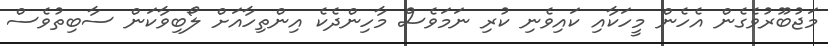
މަޖުބޫރުވެގެން އެހެން މީހަކާއި ކައިވެނި ކުރި ނަމަވެސް މާހިންދެކެ އިންތިހާއަށް ލޯބިވާކަން ސާބިތުވެސް